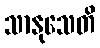
သာနုသေတိ